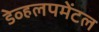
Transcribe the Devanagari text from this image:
डेव्हलपमेंटल